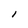
Character: 1